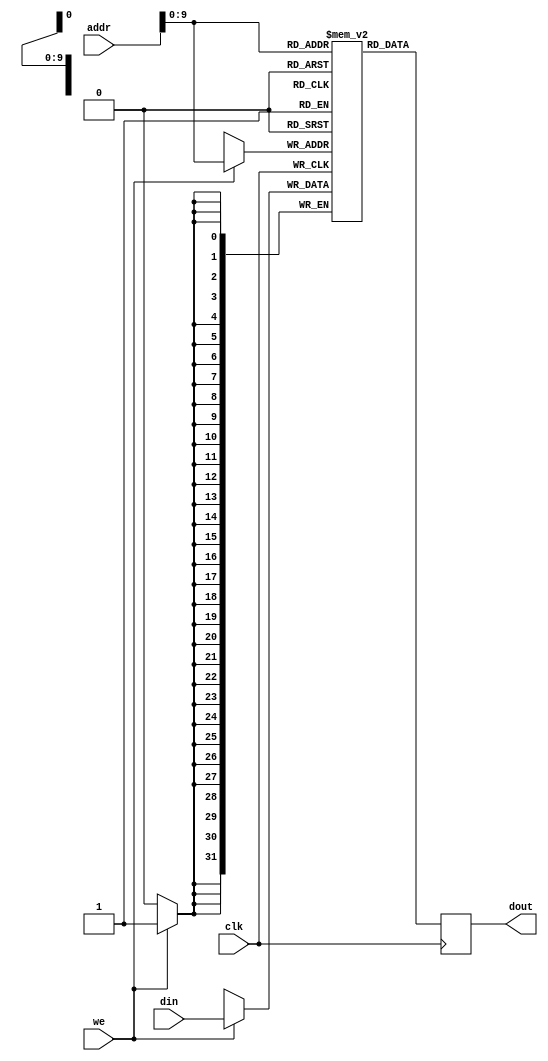
module mainmem (
	addr,
	clk,
	din,
	dout,
	we);    // synthesis black_box

input [15 : 0] addr;
input clk;
input [31 : 0] din;
output reg [31 : 0] dout;
input we;

reg [31:0] memory [0:1023];

always @(posedge clk) begin
  dout <= memory[addr[9:0]];
  if (we)
    memory[addr[9:0]] <= din;
end

endmodule